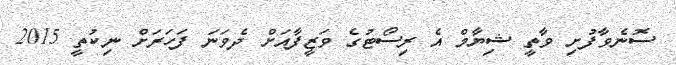
ސޮނެވާފުށި ވާތީ ޝިޔާމް އެ ރިސޯޓުގެ ވަޒީފާއަށް ދެވަނަ ފަހަރަށް ނިކުތީ 2015